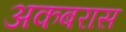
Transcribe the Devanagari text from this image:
अकबरास